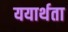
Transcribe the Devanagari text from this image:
ययार्थता